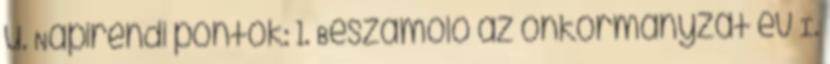
u. Napirendi pontok: 1. Beszámoló az önkormányzat év I.